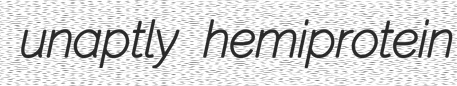
unaptly hemiprotein